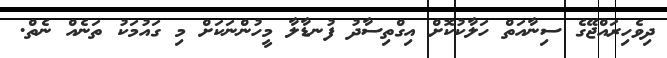
ދިވެހިރައްޖޭގެ ސިނާއަތް ހަލާކުކޮށް އިގްތިސާދު ފުނޑާލާ މީހުންނަކަށް މި ގައުމަކު ތަނެއް ނެތް.